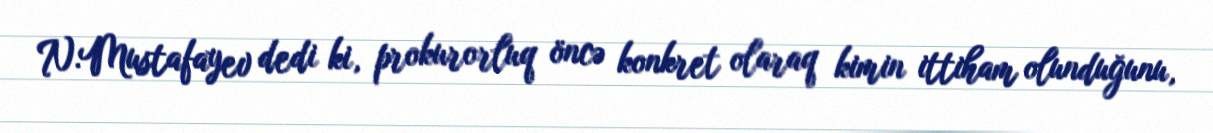
N.Mustafayev dedi ki, prokurorluq öncə konkret olaraq kimin ittiham olunduğunu,